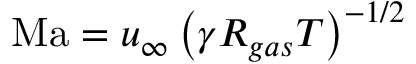
\mathrm { M a } = u _ { \infty } \left( \gamma R _ { g a s } T \right) ^ { - 1 / 2 }